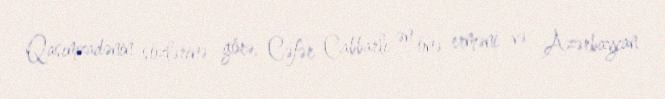
Qasımzadənin sözlərinə görə, Cəfər Cabbarlı ən önə erməni və Azərbaycan